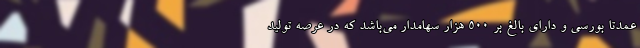
عمدتاً بورسی و دارای بالغ بر ٥٠٠ هزار سهامدار می‌باشد که در عرصه تولید